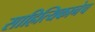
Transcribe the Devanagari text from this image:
साहित्यिकानेच